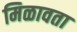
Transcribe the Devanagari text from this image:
मिळावता